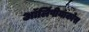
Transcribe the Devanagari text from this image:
ऑलिंपीयाकोस